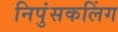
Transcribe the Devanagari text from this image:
निपुंसकलिंग